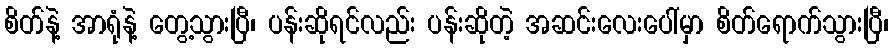
စိတ်နဲ့ အာရုံနဲ့ တွေ့သွားပြီ၊ ပန်းဆိုရင်လည်း ပန်းဆိုတဲ့ အဆင်းလေးပေါ်မှာ စိတ်ရောက်သွားပြီ၊